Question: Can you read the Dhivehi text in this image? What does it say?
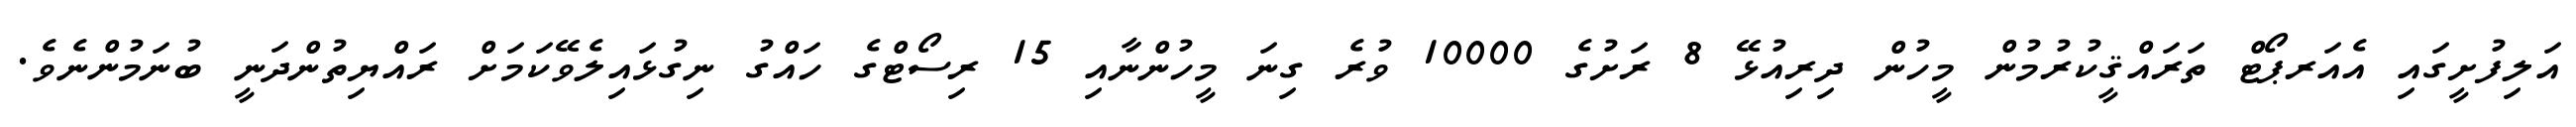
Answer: އަލިފުށީގައި އެއަރޕޯޓް ތަރައްޤީކުރުމުން މީހުން ދިރިއުޅޭ 8 ރަށުގެ 10000 ވުރެ ގިނަ މީހުންނާއި 15 ރިސޯޓްގެ ހައްގު ނިގުޅައިލެވޭކަމަށް ރައްޔިތުންދަނީ ބުނަމުންނެވެ.